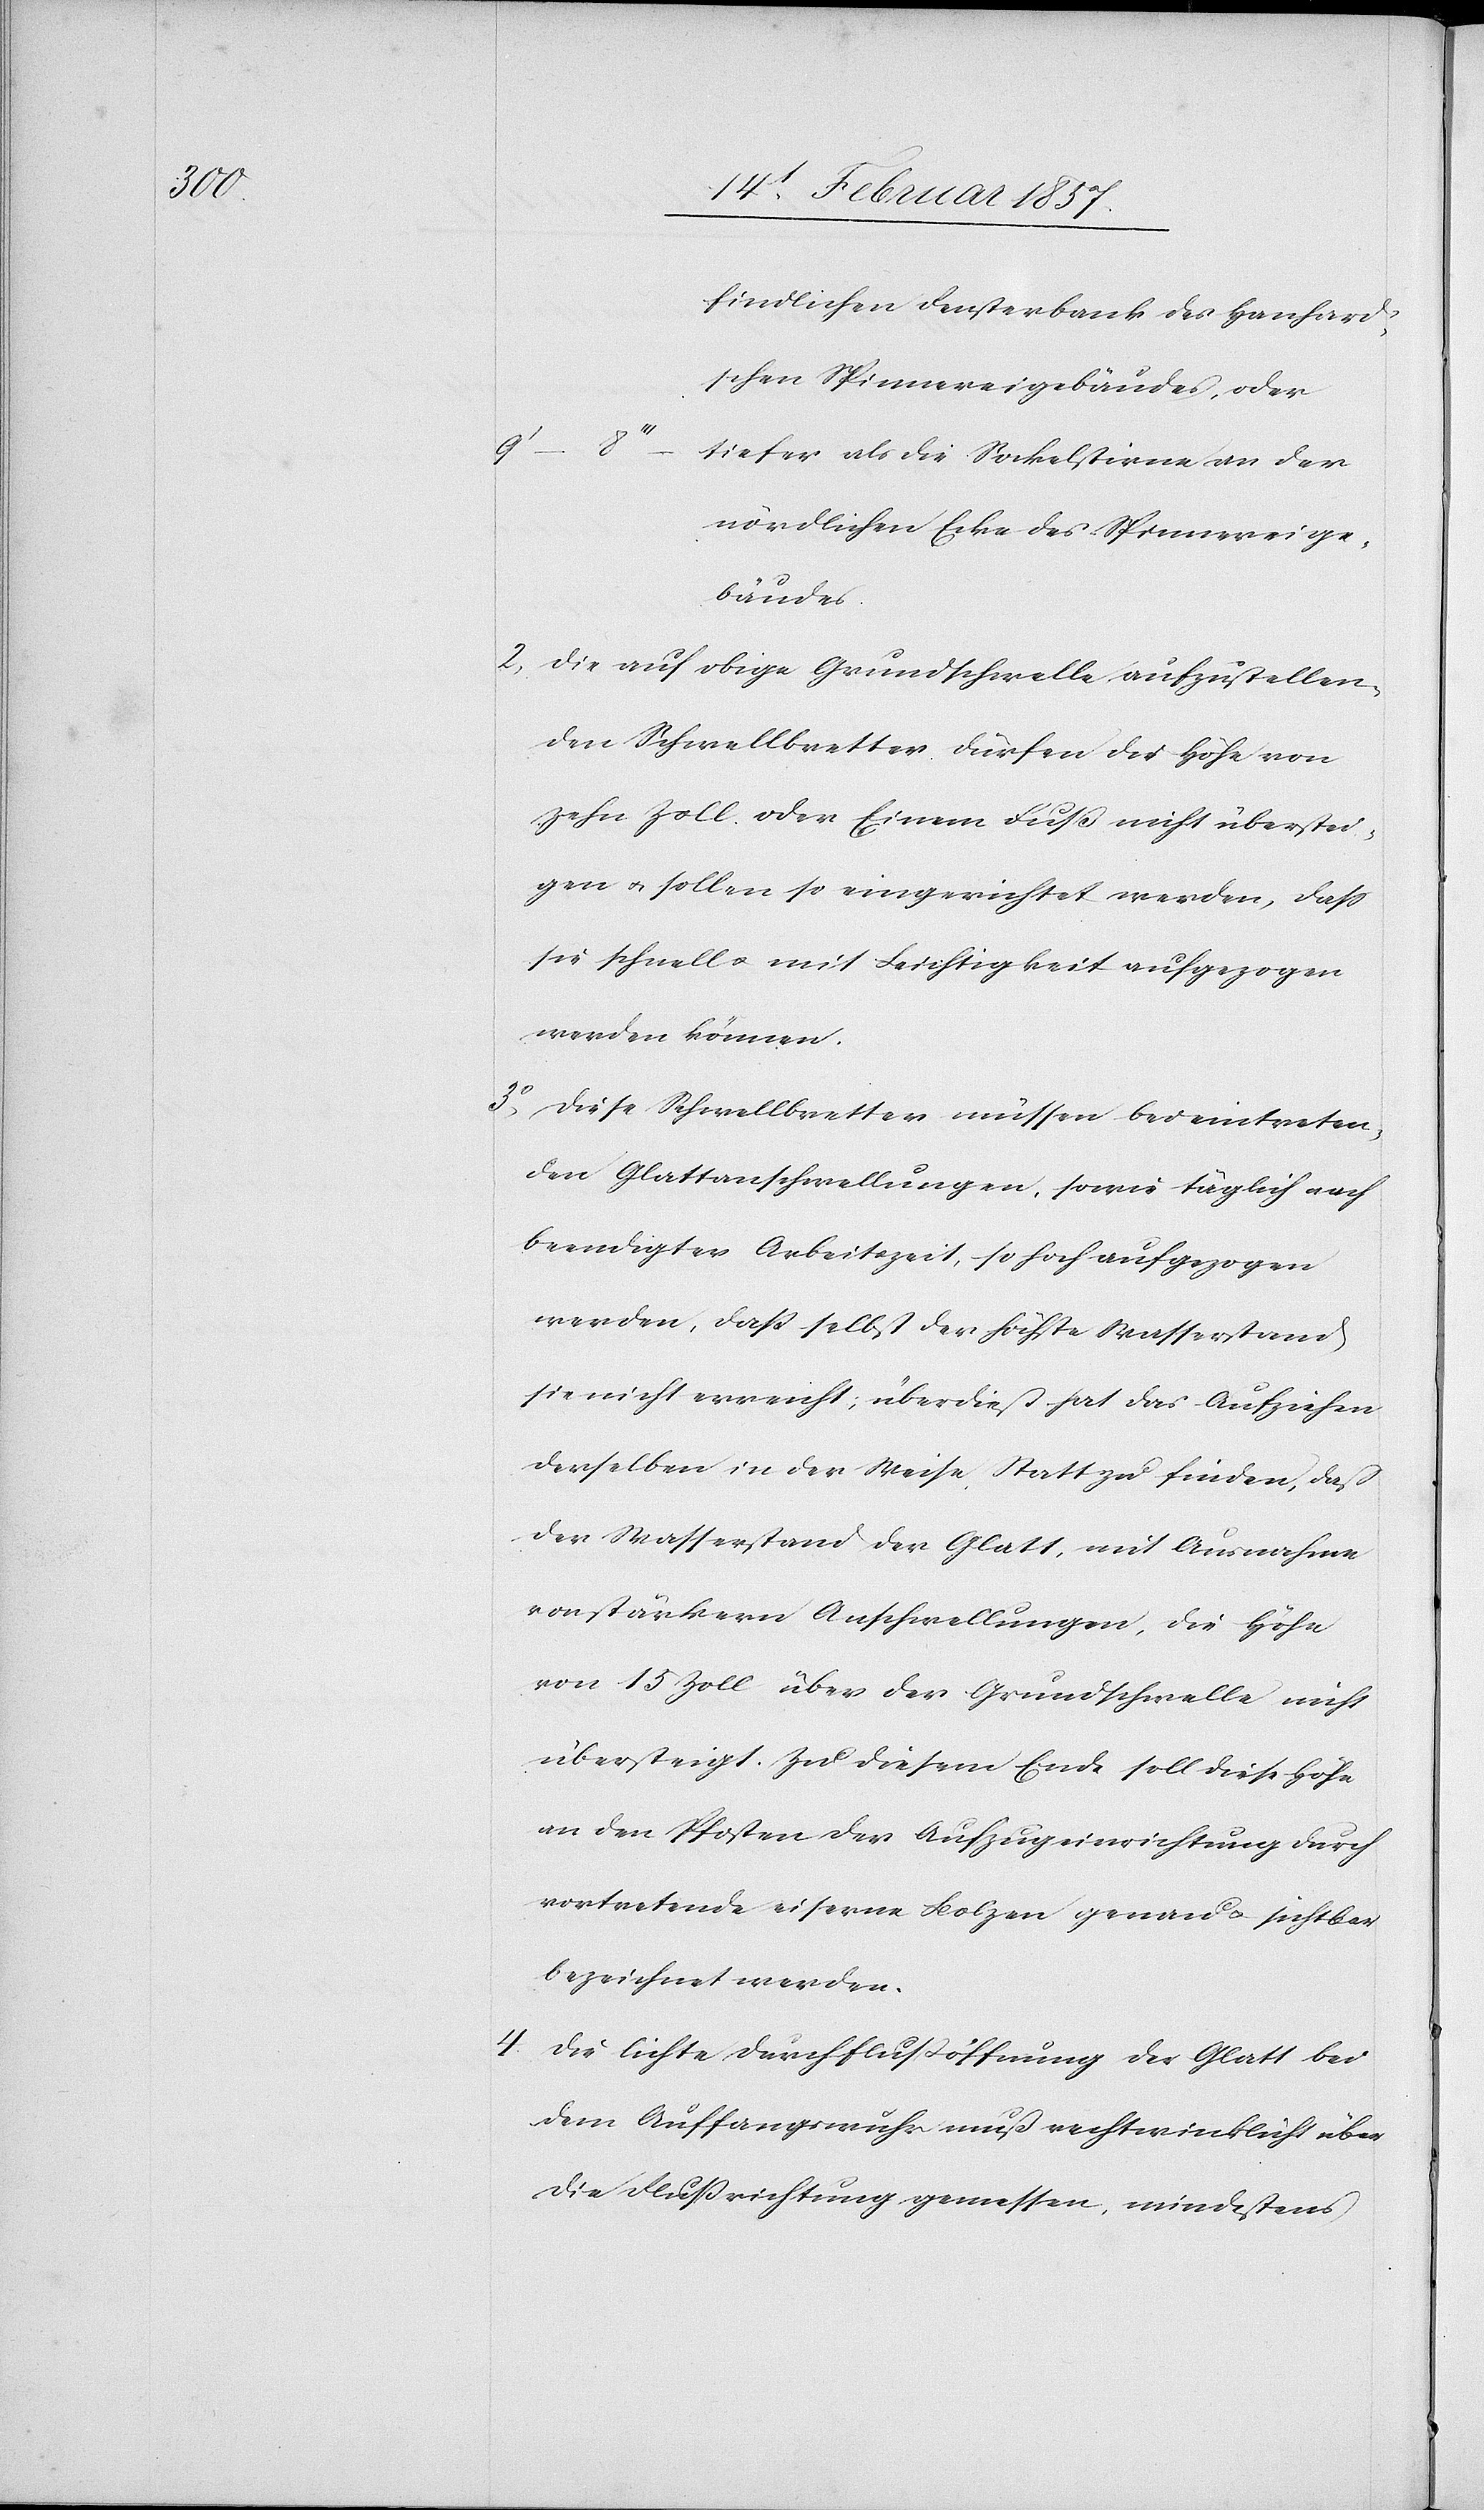
findlichen Fensterbank des Hanhard¬
schen Spinnereigebäudes, oder
9‘
8‘‘‘		tiefer als die Sockelstirne an der
nördlichen Ecke des Spinnereige¬
bäudes.
2. Die auf obige Grundschwelle aufzustellen¬
den Schwellbretter dürfen die Höhe von
zehn Zoll oder Einem Fuß nicht überstei¬
gen u. sollen so eingerichtet werden, daß
sie schnell u. mit Leichtigkeit aufgezogen
werden können.
3o Diese Schwellbretter müssen bei eintreten¬
den Glattanschwellungen, sowie täglich nach
beendigter Arbeitszeit, so hoch aufgezogen
werden, daß selbst der höchste Wasserstand
sie nicht erreicht, überdieß hat das Aufziehen
derselben in der Weise Statt zu finden, daß
der Wasserstand der Glatt, mit Ausnahme
von stärkern Aufschwellungen, die Höhe
von 15 Zoll über der Grundschwelle nicht
übersteigt. Zu diesem Ende soll diese Höhe
an den Pfosten der Aufzugeinrichtung durch
vortretende eiserne Bolzen genau u. sichtbar
bezeichnet werden.
4. Die lichte Durchflußöffnung der Glatt bei
dem Auffangswuhr muß rechtwinklicht über
die Flußrichtung gemessen, mindestens